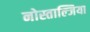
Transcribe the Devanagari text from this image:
नोस्ताल्जिया